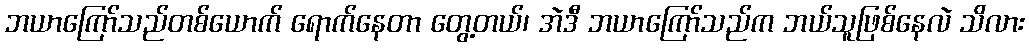
ဘယာကြော်သည်တစ်ယောက် ရောက်နေတာ တွေ့တယ်၊ အဲဒီ ဘယာကြော်သည်က ဘယ်သူဖြစ်နေလဲ သိလား